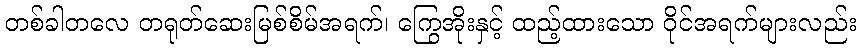
တစ်ခါတလေ တရုတ်ဆေးမြစ်စိမ်အရက်၊ ကြွေအိုးနှင့် ထည့်ထားသော ဝိုင်အရက်များလည်း